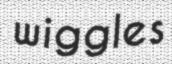
wiggles